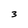
Character: 3